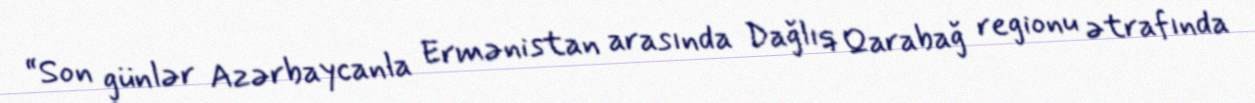
“Son günlər Azərbaycanla Ermənistan arasında Dağlıq Qarabağ regionu ətrafında